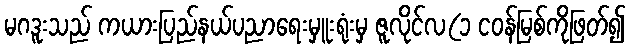
မဂဒူးသည် ကယားပြည်နယ်ပညာရေးမှူးရုံးမှ ဇူလိုင်လ(၁ ငဝန်မြစ်ကိုဖြတ်၍